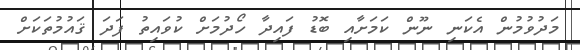
މަދުވުމުން އެކަނި ނޫން ކަަމަށާއި ބޮޑު ފައިދާ ހޯދުމަށް ކުވައިތު ފަދަ ޤައުމުތަކަށް